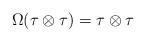
LaTeX: \begin{align*}\Omega ( \tau\otimes \tau)= \tau\otimes\tau\end{align*}